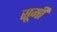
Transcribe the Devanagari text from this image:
सूमी